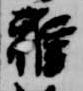
雅